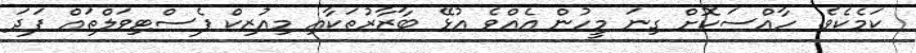
ކަމެކެވެ. ހާއްސަކޮށް ގިނަ މީހުން އެއްވެ އުޅޭ ބާޒާރުތަކާއި މިއުޒިކް ފެސްޓިވަލްތައް ފަދަ